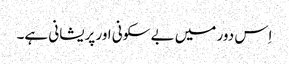
اِس دور میں بے سکونی اور پریشانی ہے۔